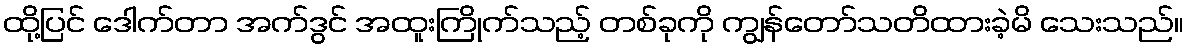
ထို့ပြင် ဒေါက်တာ အက်ဒွင် အထူးကြိုက်သည့် တစ်ခုကို ကျွန်တော်သတိထားခဲ့မိ သေးသည်။